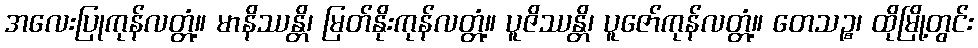
အလေးပြုကုန်လတ္တံ့။ မာနိဿန္တိ၊ မြတ်နိုးကုန်လတ္တံ့။ ပူဇိဿန္တိ၊ ပူဇော်ကုန်လတ္တံ့။ တေသဉ္စ၊ ထိုမြို့တွင်း